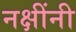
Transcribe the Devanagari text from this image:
नक्षींनी